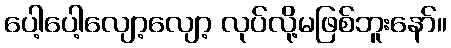
ပေါ့ပေါ့လျော့လျော့ လုပ်လို့မဖြစ်ဘူးနော်။